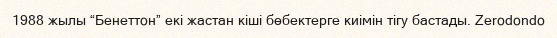
1988 жылы “Бенеттон” екі жастан кіші бөбектерге киімін тігу бастады. Zerodondo